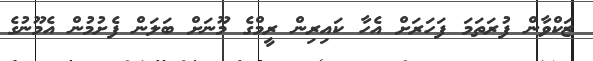
ޒަކްވާން ފުރަތަމަ ފަހަރަށް އެހާ ކައިރިން ރީމްގެ މޫނަށް ބަލަން ފެށުމުން އެމޫނުގެ